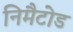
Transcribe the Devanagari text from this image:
निमैटोड